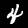
Label: 4